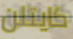
كايتلن